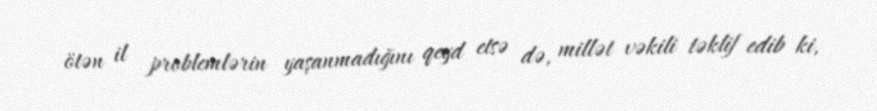
ötən il problemlərin yaşanmadığını qeyd etsə də, millət vəkili təklif edib ki,